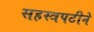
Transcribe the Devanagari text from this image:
सहस्त्रपटीने